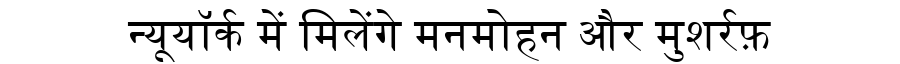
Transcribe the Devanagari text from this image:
न्यूयॉर्क में मिलेंगे मनमोहन और मुशर्रफ़